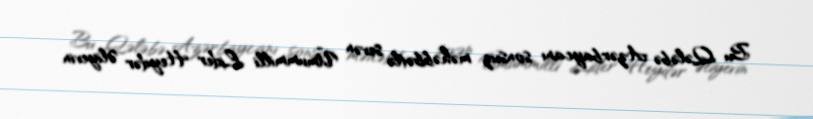
Bu Qələbə Azərbaycanı sonsuz məhəbbətlə sevən Ümummilli Lider Heydər Əliyevin